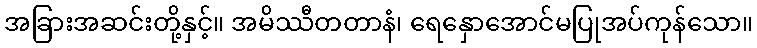
အခြားအဆင်းတို့နှင့်။ အမိဿီတတာနံ၊ ရေနှောအောင်မပြုအပ်ကုန်သော။